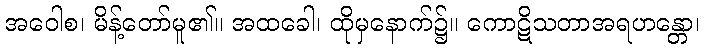
အဝေါစ၊ မိန့်တော်မူ၏။ အထခေါ၊ ထိုမှနောက်၌။ ကောဋိသတာအရဟန္တော၊